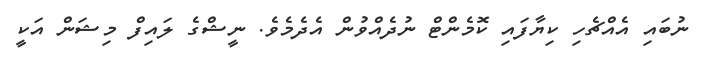
ނުބައި އެއްޗެހި ކިޔާފައި ކޮމެންޓް ނުދެއްވުން އެދެމެވެ. ނީޝްގެ ލައިފް މިޝަން އަކީ